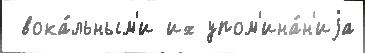
 вока́льным'и их упом'ина́н'иjа